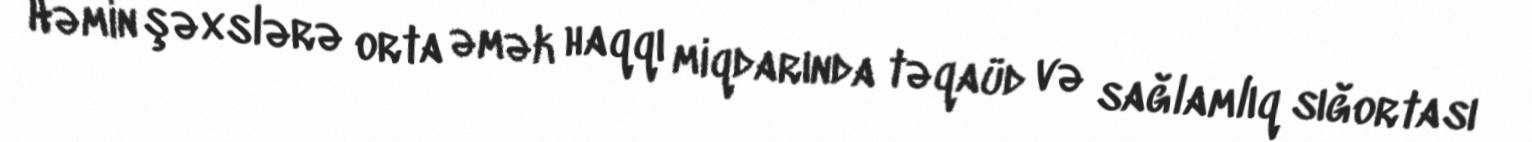
Həmin şəxslərə orta əmək haqqı miqdarında təqaüd və sağlamlıq sığortası